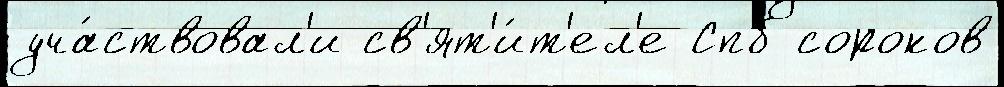
уча́ствовал'и св'ят'и́т'ел'е Спб сороков